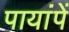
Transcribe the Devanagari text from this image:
पायांपें